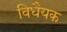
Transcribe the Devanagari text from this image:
विधैयक